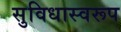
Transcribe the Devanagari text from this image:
सुविधास्वरूप